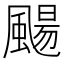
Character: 颺